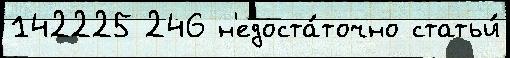
142225 246 н'едоста́точно статьи́